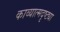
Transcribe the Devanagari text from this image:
काव्यात्मदृष्ट्या